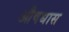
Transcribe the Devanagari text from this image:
औषधास